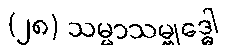
(၂၈) သမ္မာသမ္ဗုဒ္ဓေါ